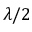
\lambda / 2